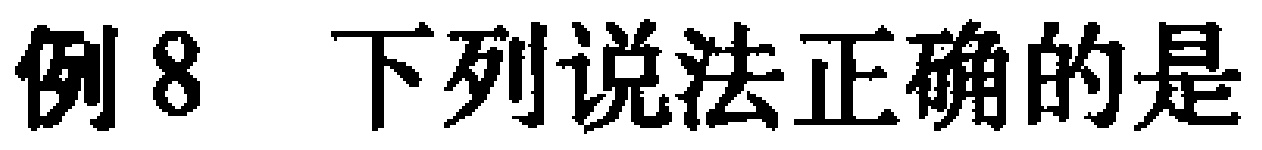
例8 下列说法正确的是